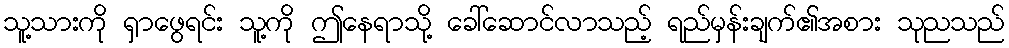
သူ့သားကို ရှာဖွေရင်း သူ့ကို ဤနေရာသို့ ခေါ်ဆောင်လာသည့် ရည်မှန်းချက်၏အစား သုညသည်